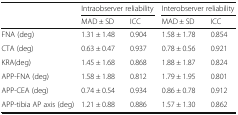
| <ROWSPAN=2>  | <COLSPAN=2> Intraobserver reliability | <COLSPAN=2> Interobserver reliability |
 | MAD ± SD | ICC | MAD ± SD | ICC |
 | --- | --- | --- | --- | --- |
 | FNA (deg) | 1.31 ± 1.48 | 0.904 | 1.58 ± 1.78 | 0.854 |
 | CTA (deg) | 0.63 ± 0.47 | 0.937 | 0.78 ± 0.56 | 0.921 |
 | KRA(deg) | 1.45 ± 1.68 | 0.868 | 1.88 ± 1.87 | 0.824 |
 | APP-FNA (deg) | 1.58 ± 1.88 | 0.812 | 1.79 ± 1.95 | 0.801 |
 | APP-CEA (deg) | 0.74 ± 0.54 | 0.934 | 0.86 ± 0.78 | 0.912 |
 | APP-tibia AP axis (deg) | 1.21 ± 0.88 | 0.886 | 1.57 ± 1.30 | 0.862 |